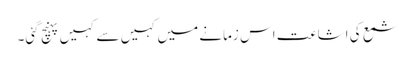
شمع کی اشاعت اس زمانے میں کہیں سے کہیں پہنچ گئی۔